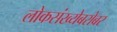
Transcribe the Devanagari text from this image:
लोकसंख्येबरोबर